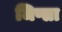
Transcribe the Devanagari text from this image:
जिप्सा